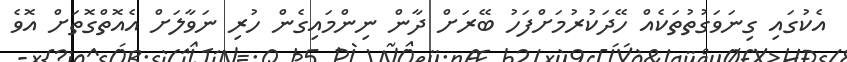
އެކުގައި ގިނަވަގުތުތަކެއް ހޭދަކުރުމަށްފަހު ބޭރަށް ދާން ނިންމައިގެން ހުރި ނަވާލަށް އެއޮތްގޮތަށް އޮވެ